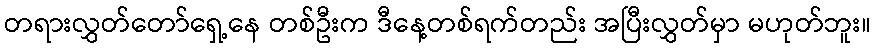
တရားလွှတ်တော်ရှေ့နေ တစ်ဦးက ဒီနေ့တစ်ရက်တည်း အပြီးလွှတ်မှာ မဟုတ်ဘူး။